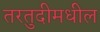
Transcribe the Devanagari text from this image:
तरतुदीमधील